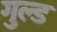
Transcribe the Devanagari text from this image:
गुल्ड